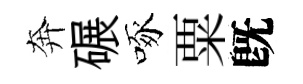
奔碾啄粟旣